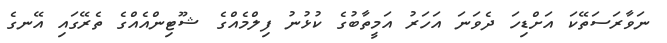
ނަވާރަސަތޭކަ އަށްޑިހަ ދެވަނަ އަހަރު އަމީތާބުގެ ކުޅުނު ފިލްމެއްގެ ޝޫޓިންއެއްގެ ތެރޭގައި އޭނގެ